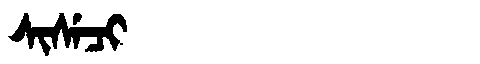
Manchu: ᠰᡳᠰᡝᠴᡳ
Romanization: SISECI